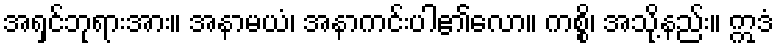
အရှင်ဘုရားအား။ အနာမယံ၊ အနာကင်းပါ၏လော။ ကစ္စိ၊ အသို့နည်း။ ဣဒံ